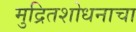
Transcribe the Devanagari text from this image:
मुद्रितशोधनाचा